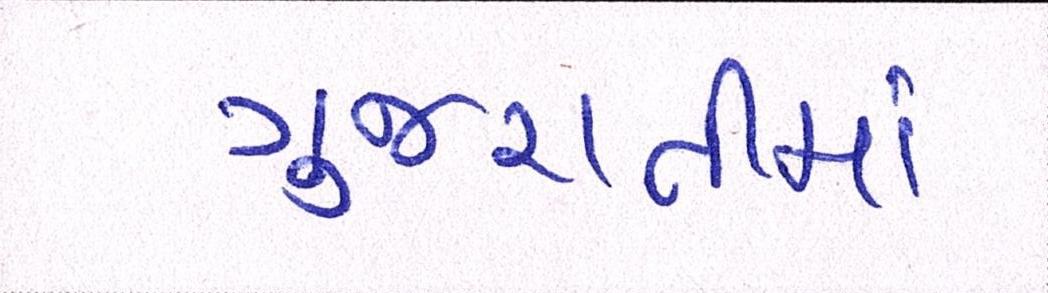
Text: ગુજરાતીમાં